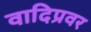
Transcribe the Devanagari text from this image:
वादिप्रवर